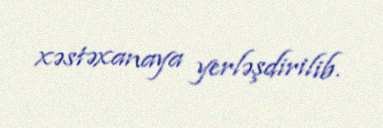
xəstəxanaya yerləşdirilib.